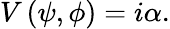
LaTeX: V\left(\psi,\phi\right)=i\alpha.